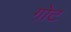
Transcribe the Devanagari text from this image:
गो़ट